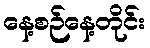
နေ့စဉ်နေ့တိုင်း